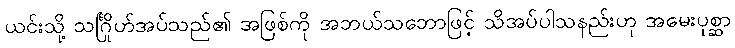
ယင်းသို့ သင်္ဂြိုဟ်အပ်သည်၏ အဖြစ်ကို အဘယ်သဘောဖြင့် သိအပ်ပါသနည်းဟု အမေးပုစ္ဆာ